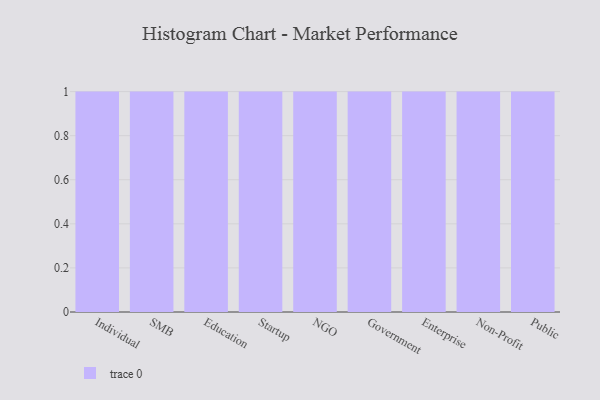
{"axis": {"x": "Segment", "y": "Active Users"}, "legend": [""], "data": [{"x": "Individual", "y": 13, "type": ""}, {"x": "SMB", "y": 8, "type": ""}, {"x": "Education", "y": 59, "type": ""}, {"x": "Startup", "y": 100, "type": ""}, {"x": "NGO", "y": 10, "type": ""}, {"x": "Government", "y": 11, "type": ""}, {"x": "Enterprise", "y": 39, "type": ""}, {"x": "Non-Profit", "y": 10, "type": ""}, {"x": "Public", "y": 80, "type": ""}]}